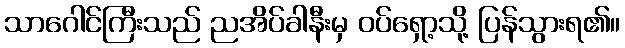
သာဂေါင်ကြီးသည် ညအိပ်ခါနီးမှ ဝပ်ရှော့သို့ ပြန်သွားရ၏။